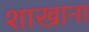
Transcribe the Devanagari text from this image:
शाखाना